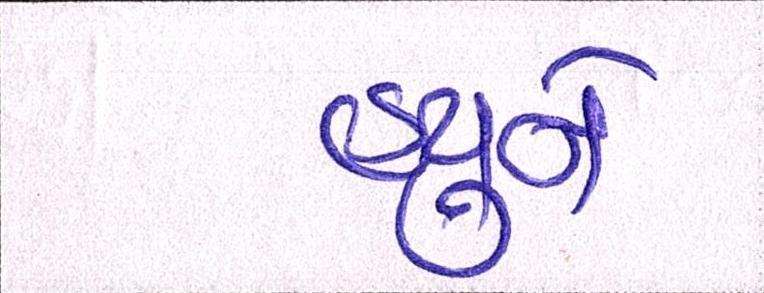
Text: હ્યુને